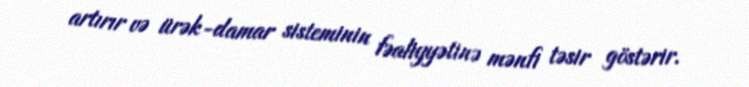
artırır və ürək-damar sisteminin fəaliyyətinə mənfi təsir göstərir.